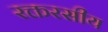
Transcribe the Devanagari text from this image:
रक्तरसीय